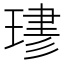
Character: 𤧎